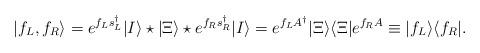
LaTeX: \begin{align*}|f_L,f_R\rangle= e^{f_Ls^\dag_L}|I\rangle\star|\Xi\rangle\star e^{f_Rs^\dag_R} |I\rangle=e^{f_LA^{\dag}}|\Xi\rangle\langle \Xi|e^{f_RA}\equiv|f_L\rangle\langle f_R|.\end{align*}